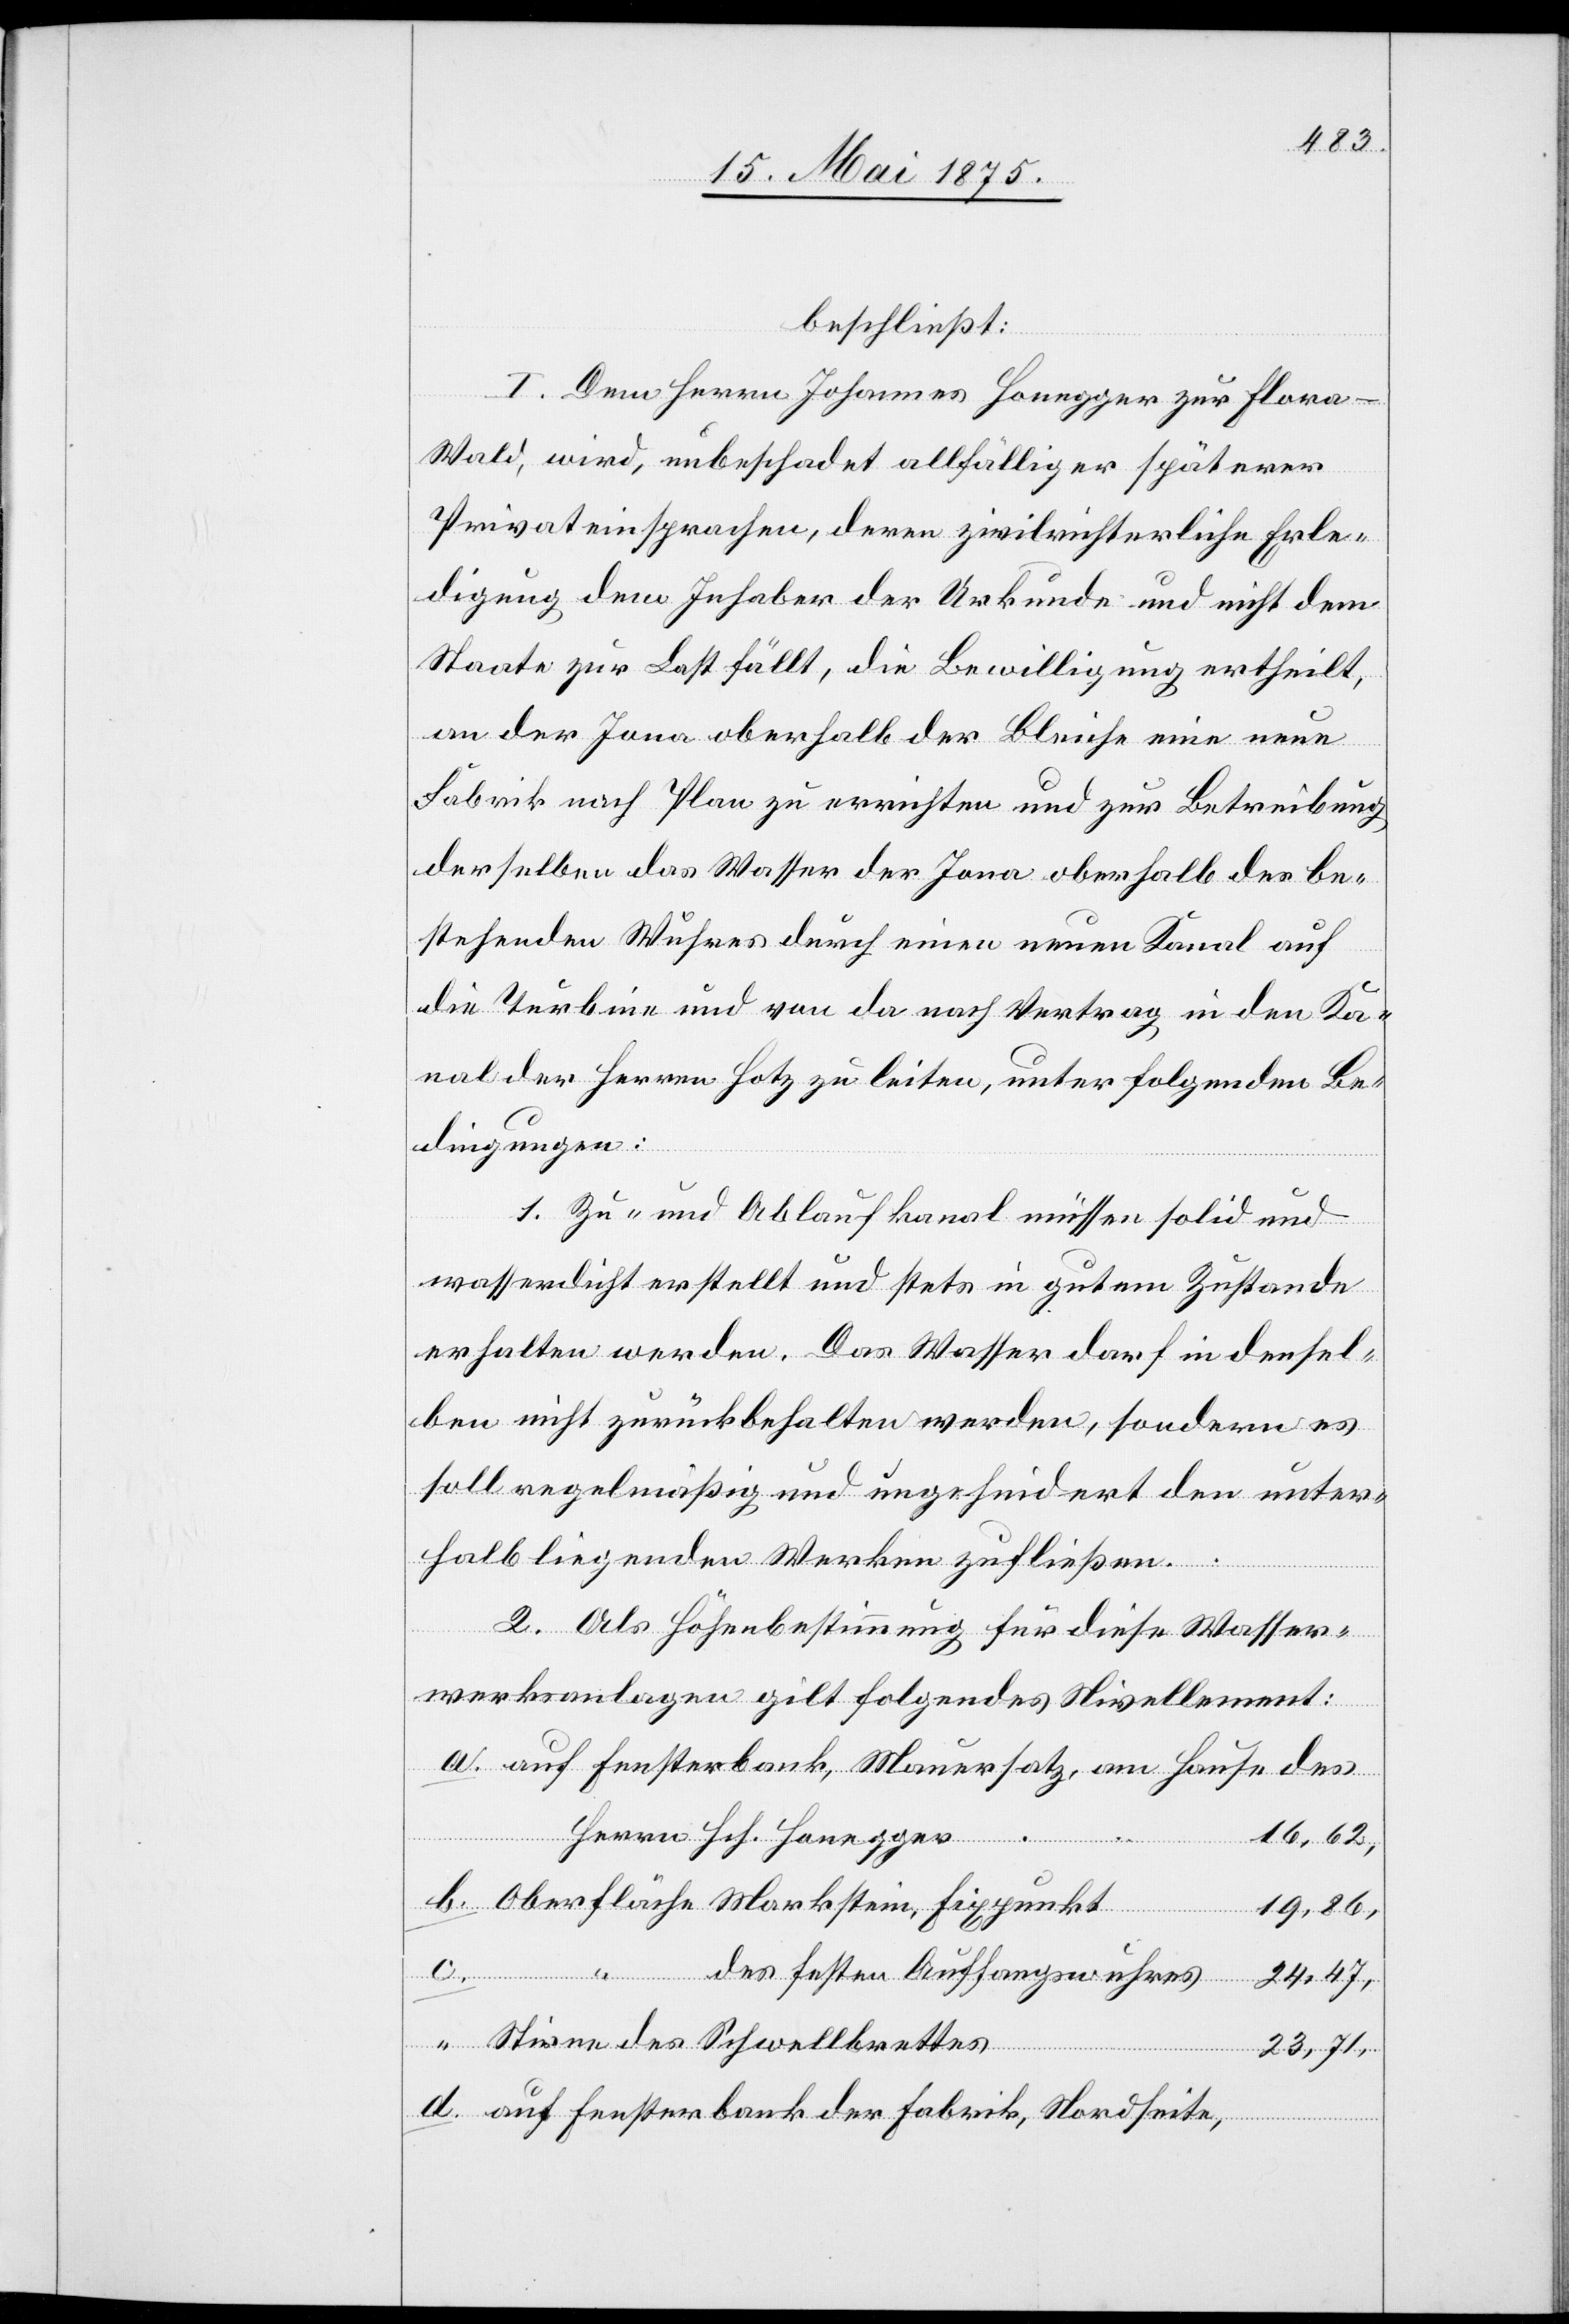
beschließt:
I. Dem Herrn Johannes Honegger zur Flora -
Wald, wird, unbeschadet allfälliger späterer
Privateinsprachen, deren zivilrechtliche Erle¬
digung dem Inhaber der Urkunde und nicht dem
Staate zur Last fällt, die Bewilligung ertheilt,
an der Jona oberhalb der Bleiche eine neue
Fabrik nach Pan zu errichten und zur Betreibung
derselben das Wasser der Jona oberhalb des be¬
stehenden Wuhres durch einen neuen Kanal auf
die Turbine und von da nach Vertrag in den Ka¬
nal der Herren Hotz zu leiten, unter folgenden Be¬
dingungen:
1. Zu- und Ablaufkanal müssen solid und
wasserdicht erstellt und stets in gutem Zustande
erhalten werden. Das Wasser darf in densel¬
ben nicht zurückbehalten werden, sondern es
soll regelmäßig und ungehindert den unter¬
halb liegenden Werken zufließen.
2. Als Höhenbestimmung für diese Wasser¬
werksanlagen gilt folgendes Nivellement:
auf Fensterbank, Mauersatz, am Hause des
Herrn Hch. Honegger
16,62,
Oberfläche Markstein, Fixpunkt
19,86,
c.
“ des festen Auffangswuhres
24,47,
Stirne des Schwellbrettes
23,71,
auf Fensterbank der Fabrik, Nordseite,